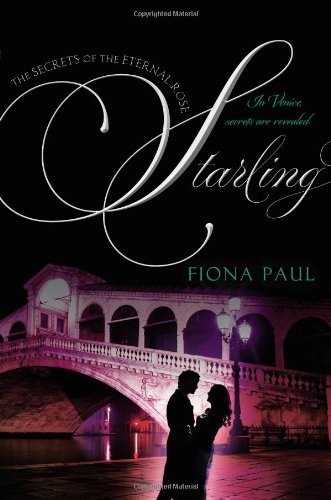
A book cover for Starling (Secrets of the Eternal Rose); Fiona Paul; Teen & Young Adult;